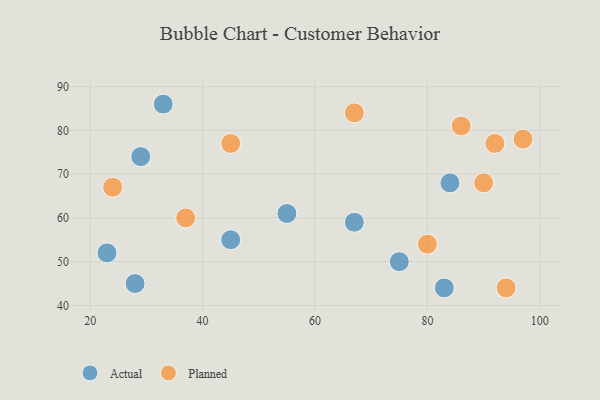
{"axis": {"x": "GDP", "y": "Life Expectancy"}, "legend": ["Actual", "Planned"], "data": [{"x": "55", "y": 61, "type": "Actual"}, {"x": "28", "y": 45, "type": "Actual"}, {"x": "33", "y": 86, "type": "Actual"}, {"x": "45", "y": 55, "type": "Actual"}, {"x": "83", "y": 44, "type": "Actual"}, {"x": "84", "y": 68, "type": "Actual"}, {"x": "75", "y": 50, "type": "Actual"}, {"x": "29", "y": 74, "type": "Actual"}, {"x": "23", "y": 52, "type": "Actual"}, {"x": "67", "y": 59, "type": "Actual"}, {"x": "37", "y": 60, "type": "Planned"}, {"x": "92", "y": 77, "type": "Planned"}, {"x": "97", "y": 78, "type": "Planned"}, {"x": "80", "y": 54, "type": "Planned"}, {"x": "67", "y": 84, "type": "Planned"}, {"x": "90", "y": 68, "type": "Planned"}, {"x": "94", "y": 44, "type": "Planned"}, {"x": "24", "y": 67, "type": "Planned"}, {"x": "86", "y": 81, "type": "Planned"}, {"x": "45", "y": 77, "type": "Planned"}]}